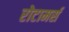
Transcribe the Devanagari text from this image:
रोटामर्स